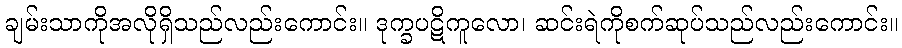
ချမ်းသာကိုအလိုရှိသည်လည်းကောင်း။ ဒုက္ခပဋိကူလော၊ ဆင်းရဲကိုစက်ဆုပ်သည်လည်းကောင်း။